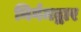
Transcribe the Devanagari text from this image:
निर्गमद्वार